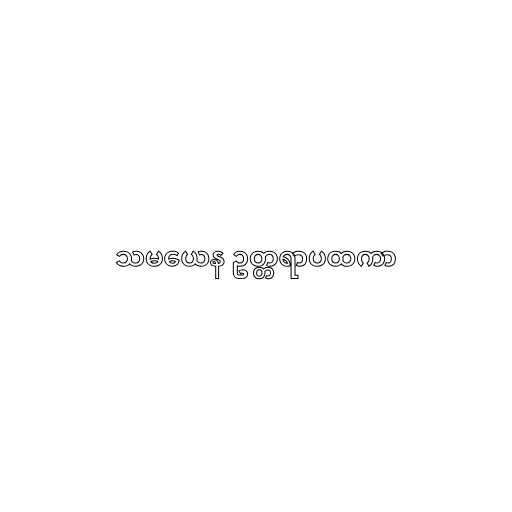
သမယေန ဥတ္တရာပထကာ